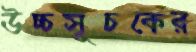
উচ্চসূচকের